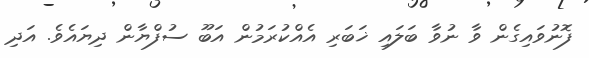
ފޮނުވައިގެން ވާ ނުވާ ބަލައި ޚަބަރި އެއްކުރަމުން އަބޫ ސުފްޔާން ދިޔައެވެ. އަދި